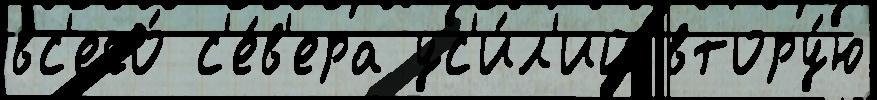
вс'его́ с'е́в'ера ус'и́л'ий втору́ю